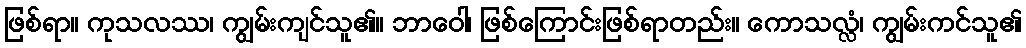
ဖြစ်ရာ။ ကုသလဿ၊ ကျွမ်းကျင်သူ၏။ ဘာဝေါ၊ ဖြစ်ကြောင်းဖြစ်ရာတည်း။ ကောသလ္လံ၊ ကျွမ်းကင်သူ၏